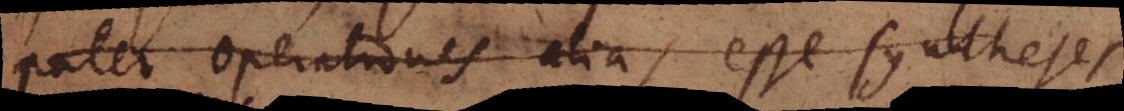
patet operationes alias esse syntheses